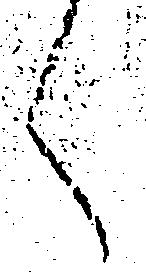
く